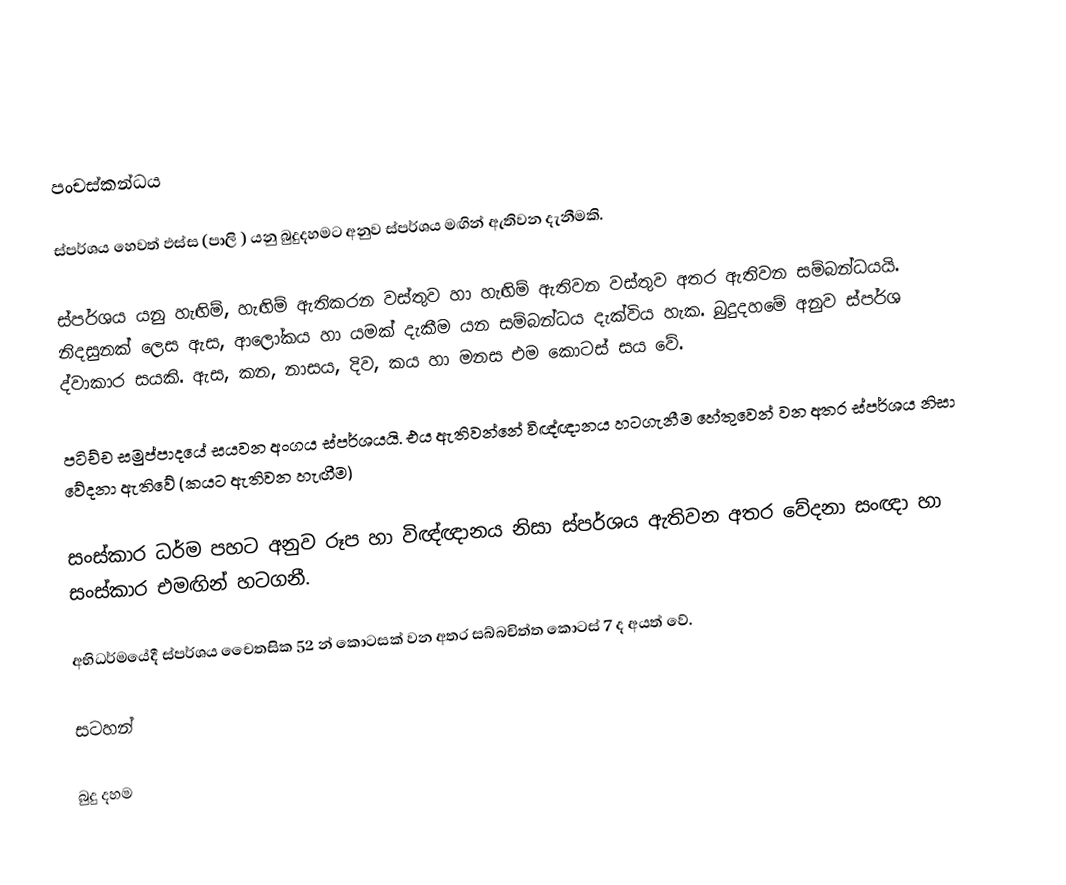

පංචස්කන්ධය

ස්පර්ශය හෙවත් ඵස්ස (පාලි ) යනු බුදුදහමට අනුව ස්පර්ශය මඟින් ඇතිවන දැනීමකි.

ස්පර්ශය යනු හැඟිම්, හැඟිම් ඇතිකරන වස්තුව හා හැඟිම් ඇතිවන වස්තුව අතර ඇතිවන සම්බන්ධයයි. නිදසුනක් ලෙස ඇස, ආලෝකය හා යමක් දැකීම යන සම්බන්ධය දැක්විය හැක. බුදුදහමේ අනුව ස්පර්ශ  ද්වාකාර සයකි. ඇස, කන, නාසය, දිව, කය හා මනස එම කොටස් සය වේ.

‍පටිච්ච සමුප්පාදයේ සයවන අංගය ස්පර්ශයයි. එය ඇතිවන්නේ විඥ්ඥානය හටගැනීම හේතුවෙන් වන අතර ස්පර්ශය නිසා වේදනා ඇතිවේ (කයට ඇතිවන හැඟීම)

සංස්කාර ධර්ම පහට අනුව රූප හා විඥ්ඥානය නිසා ස්පර්ශය ඇතිවන අතර වේදනා සංඥා හා සංස්කාර එමඟින් හටගනී.

අභිධර්මයේදී ස්පර්ශය චෛතසික 52 න් කොටසක් වන අතර සබ්බචිත්ත කොටස් 7 ද අයත් වේ.

සටහන්

බුදු දහම